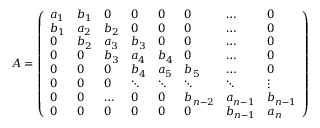
A = \left( \begin{array} { l l l l l l l l } { a _ { 1 } } & { b _ { 1 } } & { 0 } & { 0 } & { 0 } & { 0 } & { \dots } & { 0 } \\ { b _ { 1 } } & { a _ { 2 } } & { b _ { 2 } } & { 0 } & { 0 } & { 0 } & { \dots } & { 0 } \\ { 0 } & { b _ { 2 } } & { a _ { 3 } } & { b _ { 3 } } & { 0 } & { 0 } & { \dots } & { 0 } \\ { 0 } & { 0 } & { b _ { 3 } } & { a _ { 4 } } & { b _ { 4 } } & { 0 } & { \dots } & { 0 } \\ { 0 } & { 0 } & { 0 } & { b _ { 4 } } & { a _ { 5 } } & { b _ { 5 } } & { \dots } & { 0 } \\ { 0 } & { 0 } & { 0 } & { \ddots } & { \ddots } & { \ddots } & { \ddots } & { \vdots } \\ { 0 } & { 0 } & { \dots } & { 0 } & { 0 } & { b _ { n - 2 } } & { a _ { n - 1 } } & { b _ { n - 1 } } \\ { 0 } & { 0 } & { 0 } & { 0 } & { 0 } & { 0 } & { b _ { n - 1 } } & { a _ { n } } \end{array} \right)